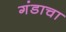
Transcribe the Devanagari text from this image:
गंडाचा